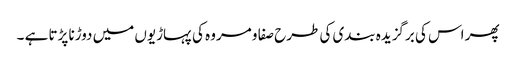
پھر اس کی برگزیدہ بندی کی طرح صفا و مروہ کی پہاڑیوں میں دوڑنا پڑتا ہے ۔